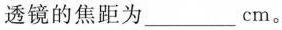
透镜的焦距为___cm。